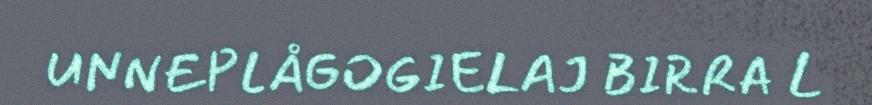
UNNEPLÅGOGIELAJ BIRRA L